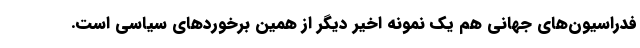
فدراسیون‌های جهانی هم یک نمونه اخیر دیگر از همین برخوردهای سیاسی است.